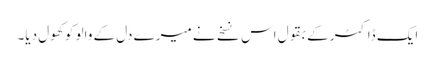
ایک ڈاکٹر کے بقول اس نسخے نے میرے دل کے والو کو کھول دیا۔